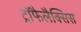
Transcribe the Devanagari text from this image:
ट्रॉफैलैक्सिस